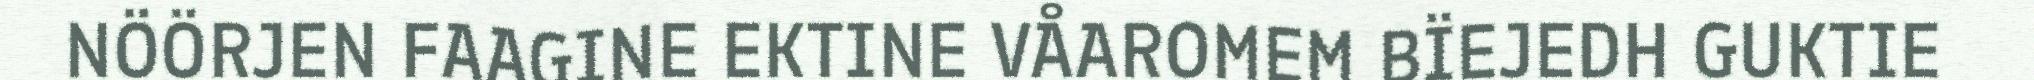
NÖÖRJEN FAAGINE EKTINE VÅAROMEM BÏEJEDH GUKTIE